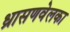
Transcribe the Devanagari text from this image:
ध्रासणवेलका